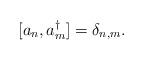
LaTeX: \begin{align*}[a_{n},a_{m}^{\dagger}]=\delta_{n,m}.\end{align*}